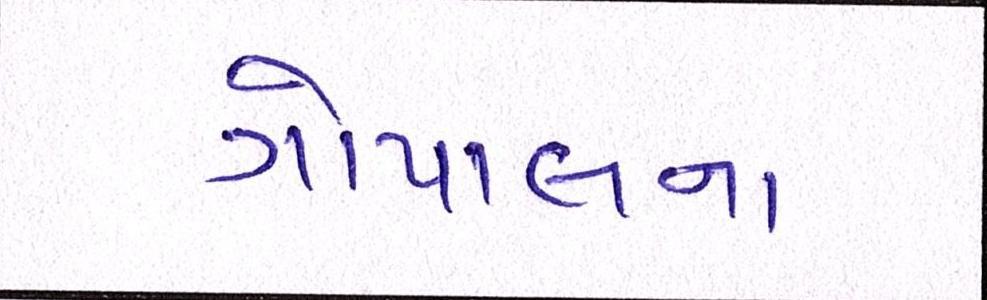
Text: ગોપાલના